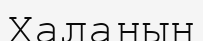
Халаның